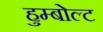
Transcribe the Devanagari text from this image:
हुम्बोल्ट